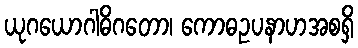
ယုဂယောဂါဓိဂတော၊ ကောဓဥပနာဟအစရှိ